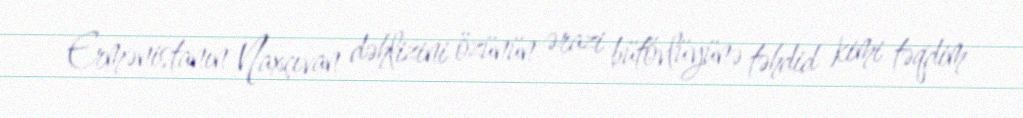
Ermənistanın Naxçıvan dəhlizini özünün ərazi bütövlüyünə təhdid kimi təqdim